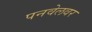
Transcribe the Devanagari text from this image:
पनवेलवर